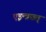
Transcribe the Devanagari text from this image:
एइन्त्रछ्त्